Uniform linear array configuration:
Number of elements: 4
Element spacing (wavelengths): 1
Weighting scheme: exponential
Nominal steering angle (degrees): -15
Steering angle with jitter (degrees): -14.572
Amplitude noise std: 0.05
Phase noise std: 0.05

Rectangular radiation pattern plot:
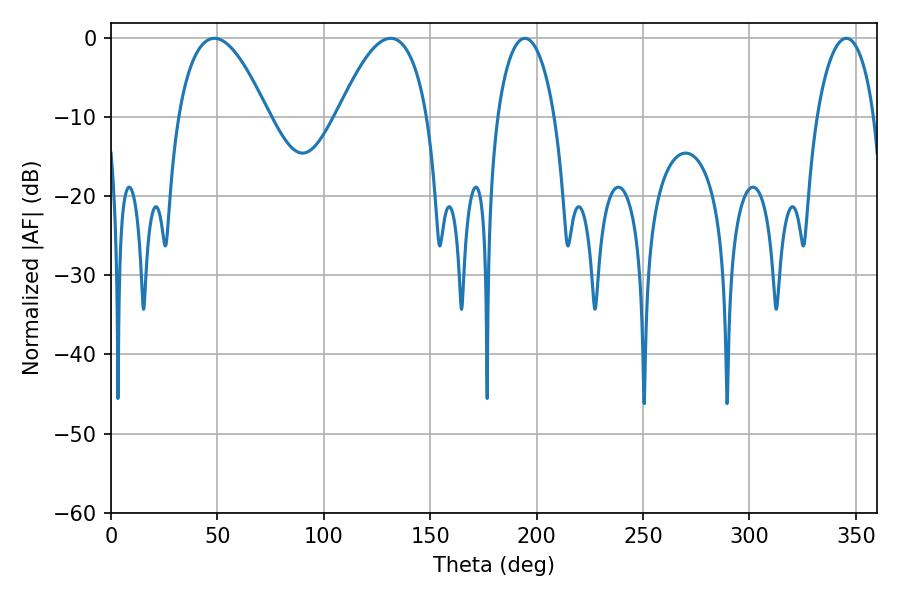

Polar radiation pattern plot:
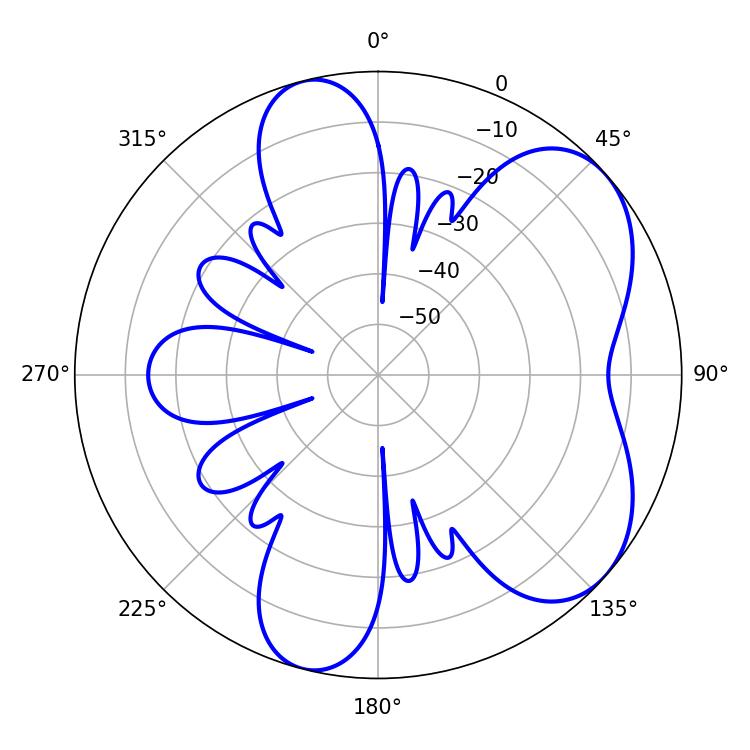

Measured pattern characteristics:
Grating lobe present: TRUE
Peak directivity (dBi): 5.811
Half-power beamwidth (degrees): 23.22
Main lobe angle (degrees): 48.6